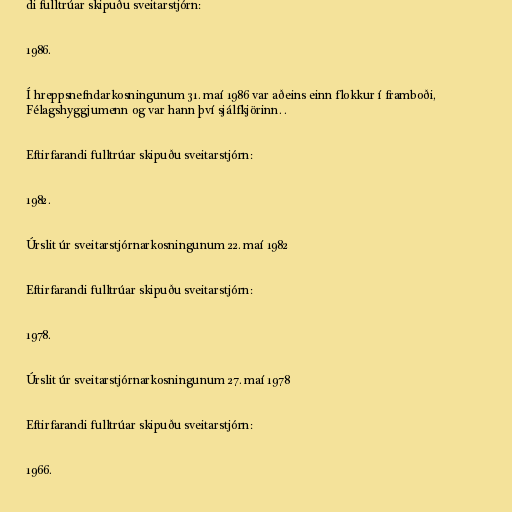
di fulltrúar skipuðu sveitarstjórn:

1986.

Í hreppsnefndarkosningunum 31. maí 1986 var aðeins einn flokkur í framboði,
Félagshyggjumenn og var hann því sjálfkjörinn. .

Eftirfarandi fulltrúar skipuðu sveitarstjórn:

1982.

Úrslit úr sveitarstjórnarkosningunum 22. maí 1982

Eftirfarandi fulltrúar skipuðu sveitarstjórn:

1978.

Úrslit úr sveitarstjórnarkosningunum 27. maí 1978

Eftirfarandi fulltrúar skipuðu sveitarstjórn:

1966.